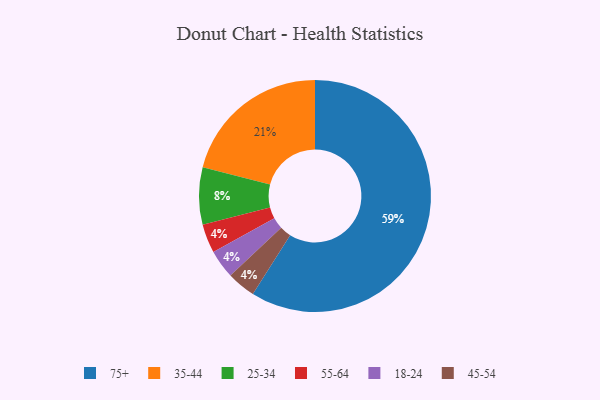
{"axis": {"x": "Category", "y": "Percentage"}, "legend": ["18-24", "25-34", "35-44", "45-54", "55-64", "75+"], "data": [{"x": "35-44", "y": 21, "type": "35-44"}, {"x": "55-64", "y": 4, "type": "55-64"}, {"x": "75+", "y": 59, "type": "75+"}, {"x": "18-24", "y": 4, "type": "18-24"}, {"x": "45-54", "y": 4, "type": "45-54"}, {"x": "25-34", "y": 8, "type": "25-34"}]}